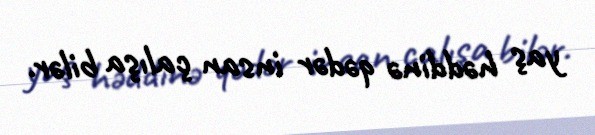
yaş həddinə qədər insan çalışa bilər.